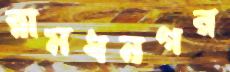
রামধনগর